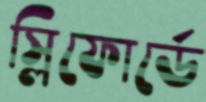
স্লিফোর্ডে